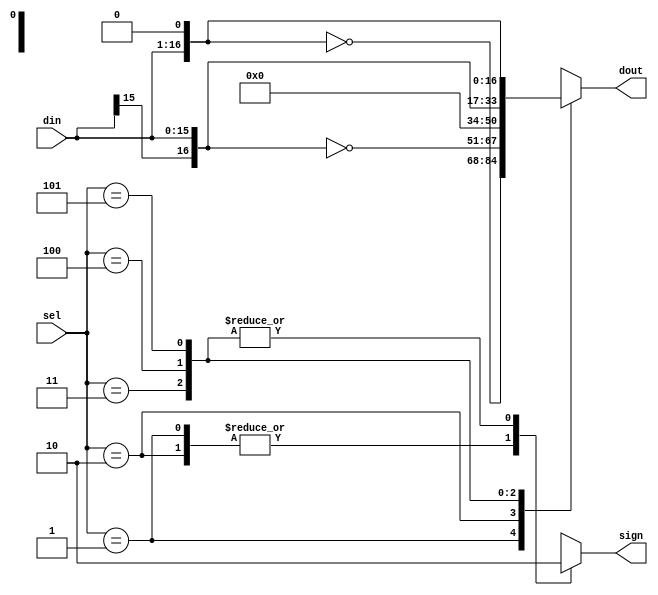
`define BOOTH_m2A 3'd1
`define BOOTH_mA 3'd2
`define BOOTH_0 3'd3
`define BOOTH_pA 3'd4
`define BOOTH_p2A 3'd5

// 16bit Partial Product Generation Mux 
module PPGen (din, sel, dout, sign);
	input[15:0]	din;
	input[2:0]	sel;
	output[16:0]	dout;
	output	sign;
	
	reg[16:0]	dout;
	reg	sign;
	always @(sel or din) begin 
		casex(sel) 
			`BOOTH_m2A: begin dout = ~{din, 1'b0}; sign = 1'b1; end
			`BOOTH_mA: begin dout = ~{din[15], din}; sign = 1'b1; end
			`BOOTH_0: begin dout = 17'b0; sign = 1'b0; end
			`BOOTH_pA: begin dout = {din[15], din}; sign = 1'b0; end
			`BOOTH_p2A: begin dout = {din, 1'b0}; sign = 1'b0; end
			default : begin dout = 17'bX; sign = 1'bX; end
		endcase
	end
endmodule